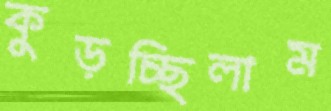
কুড়চ্ছিলাম